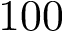
1 0 0